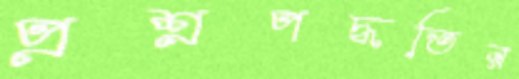
প্রশ্নপদ্ধতির